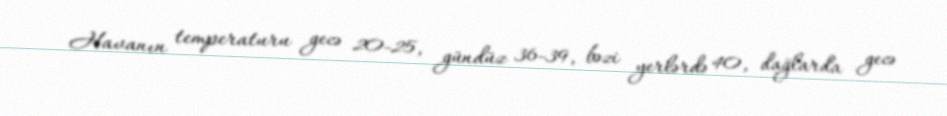
Havanın temperaturu gecə 20-25, gündüz 36-39, bəzi yerlərdə 40, dağlarda gecə